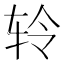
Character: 𫐉